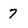
Character: 7